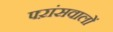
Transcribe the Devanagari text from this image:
फ्ऱांसवालों